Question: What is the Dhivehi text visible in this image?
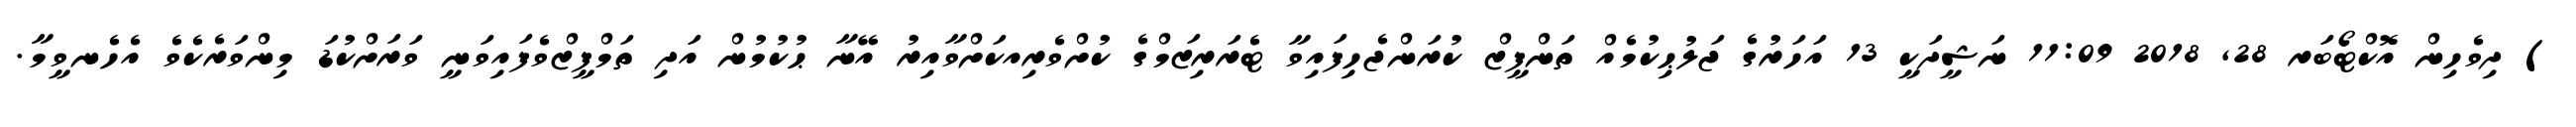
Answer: ) ދިވެހިން އޮކްޓޯބަރ 28, 2018 11:09 ނަޝީދަކީ 13 އަހަރުގެ ޖަލުޙިކުމެއް ތަންފީޒް ކުރަންޖެހިފައިވާ ޓެރަރިޒަމްގެ ކުށްވެރިއކަށްވާއިރު އޭނާ ޙުކުމުން އަދި ތަމްފީޒްވެފައިވަނީ ވަރަށްކުޑަ މިންވަރެކެވެ އެހެނވީމާ.